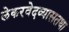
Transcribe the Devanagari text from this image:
लेकरवेदव्यासतथा